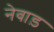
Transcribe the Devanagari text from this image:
नेवाड़